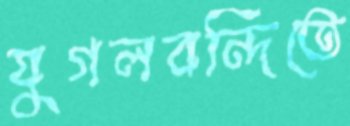
যুগলবন্দিতে